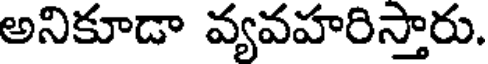
అనికూడా వ్యవహరిస్తారు.